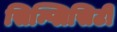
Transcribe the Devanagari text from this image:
सिम्प्लिसिटी